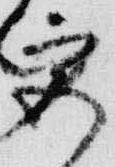
宮